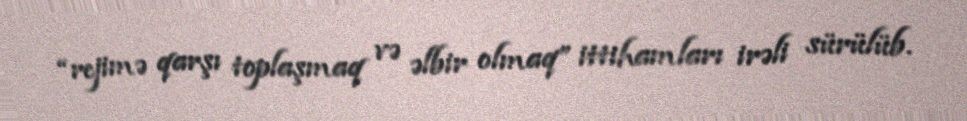
“rejimə qarşı toplaşmaq və əlbir olmaq” ittihamları irəli sürülüb.